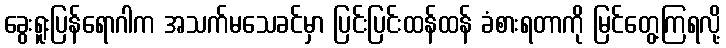
ခွေးရူးပြန်ရောဂါက အသက်မသေခင်မှာ ပြင်းပြင်းထန်ထန် ခံစားရတာကို မြင်တွေ့ကြရလို့